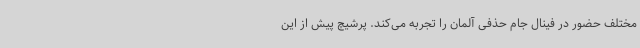
مختلف حضور در فینال جام حذفی آلمان را تجربه می‌کند. پرشیچ پیش از این